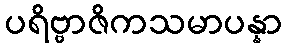
ပရိဗ္ဗာဇိကသမာပန္နာ